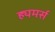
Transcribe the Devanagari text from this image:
ह्यमर्स